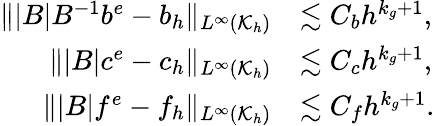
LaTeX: \begin{array}{rl}{\| |B|B^{-1}b^{e}-b_{h}\| _{L^{\infty}(\mathcal{K}_{h})}}&{\lesssim C_{b}h^{k_{g}+1},}\\ {\| |B|c^{e}-c_{h}\| _{L^{\infty}(\mathcal{K}_{h})}}&{\lesssim C_{c}h^{k_{g}+1},}\\ {\| |B|f^{e}-f_{h}\| _{L^{\infty}(\mathcal{K}_{h})}}&{\lesssim C_{f}h^{k_{g}+1}.}\end{array}